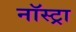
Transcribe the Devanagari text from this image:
नॉस्ट्रा